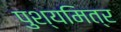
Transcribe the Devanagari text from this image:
पुश्यमित्र